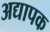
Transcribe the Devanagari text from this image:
अद्यापक